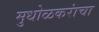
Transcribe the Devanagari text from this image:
मुधोळकरांचा